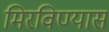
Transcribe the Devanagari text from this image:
मिरविण्यास